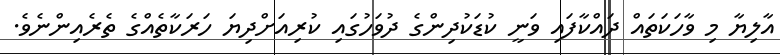
އާލިޔާ މި ވާހަކަތައް ދައްކާފައި ވަނީ ކުޑަކުދިންގެ ދުވަހުގައި ކުރިއަށްދިޔަ ހަރަކާތެއްގެ ތެރެއިންނެވެ.